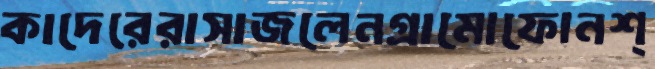
কাদেরেরাসাজলেনগ্রামোফোনশ্